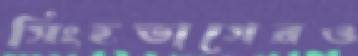
সিংহভাগেরও